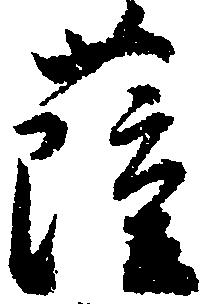
薩